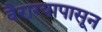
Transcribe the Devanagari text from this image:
वैराग्यापासून